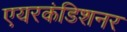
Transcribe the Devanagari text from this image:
एयरकंडिशनर